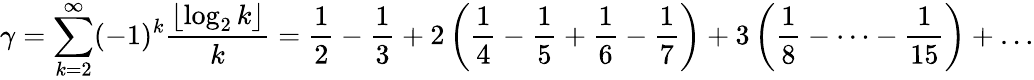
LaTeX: \gamma=\sum_{k=2}^{\infty}(-1)^{k}{\frac{\left\lfloor\log_{2}k\right\rfloor}{k}}={\frac{1}{2}}-{\frac{1}{3}}+2\left({\frac{1}{4}}-{\frac{1}{5}}+{\frac{1}{6}}-{\frac{1}{7}}\right)+3\left({\frac{1}{8}}-\cdots-{\frac{1}{15}}\right)+\dots